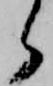
ら